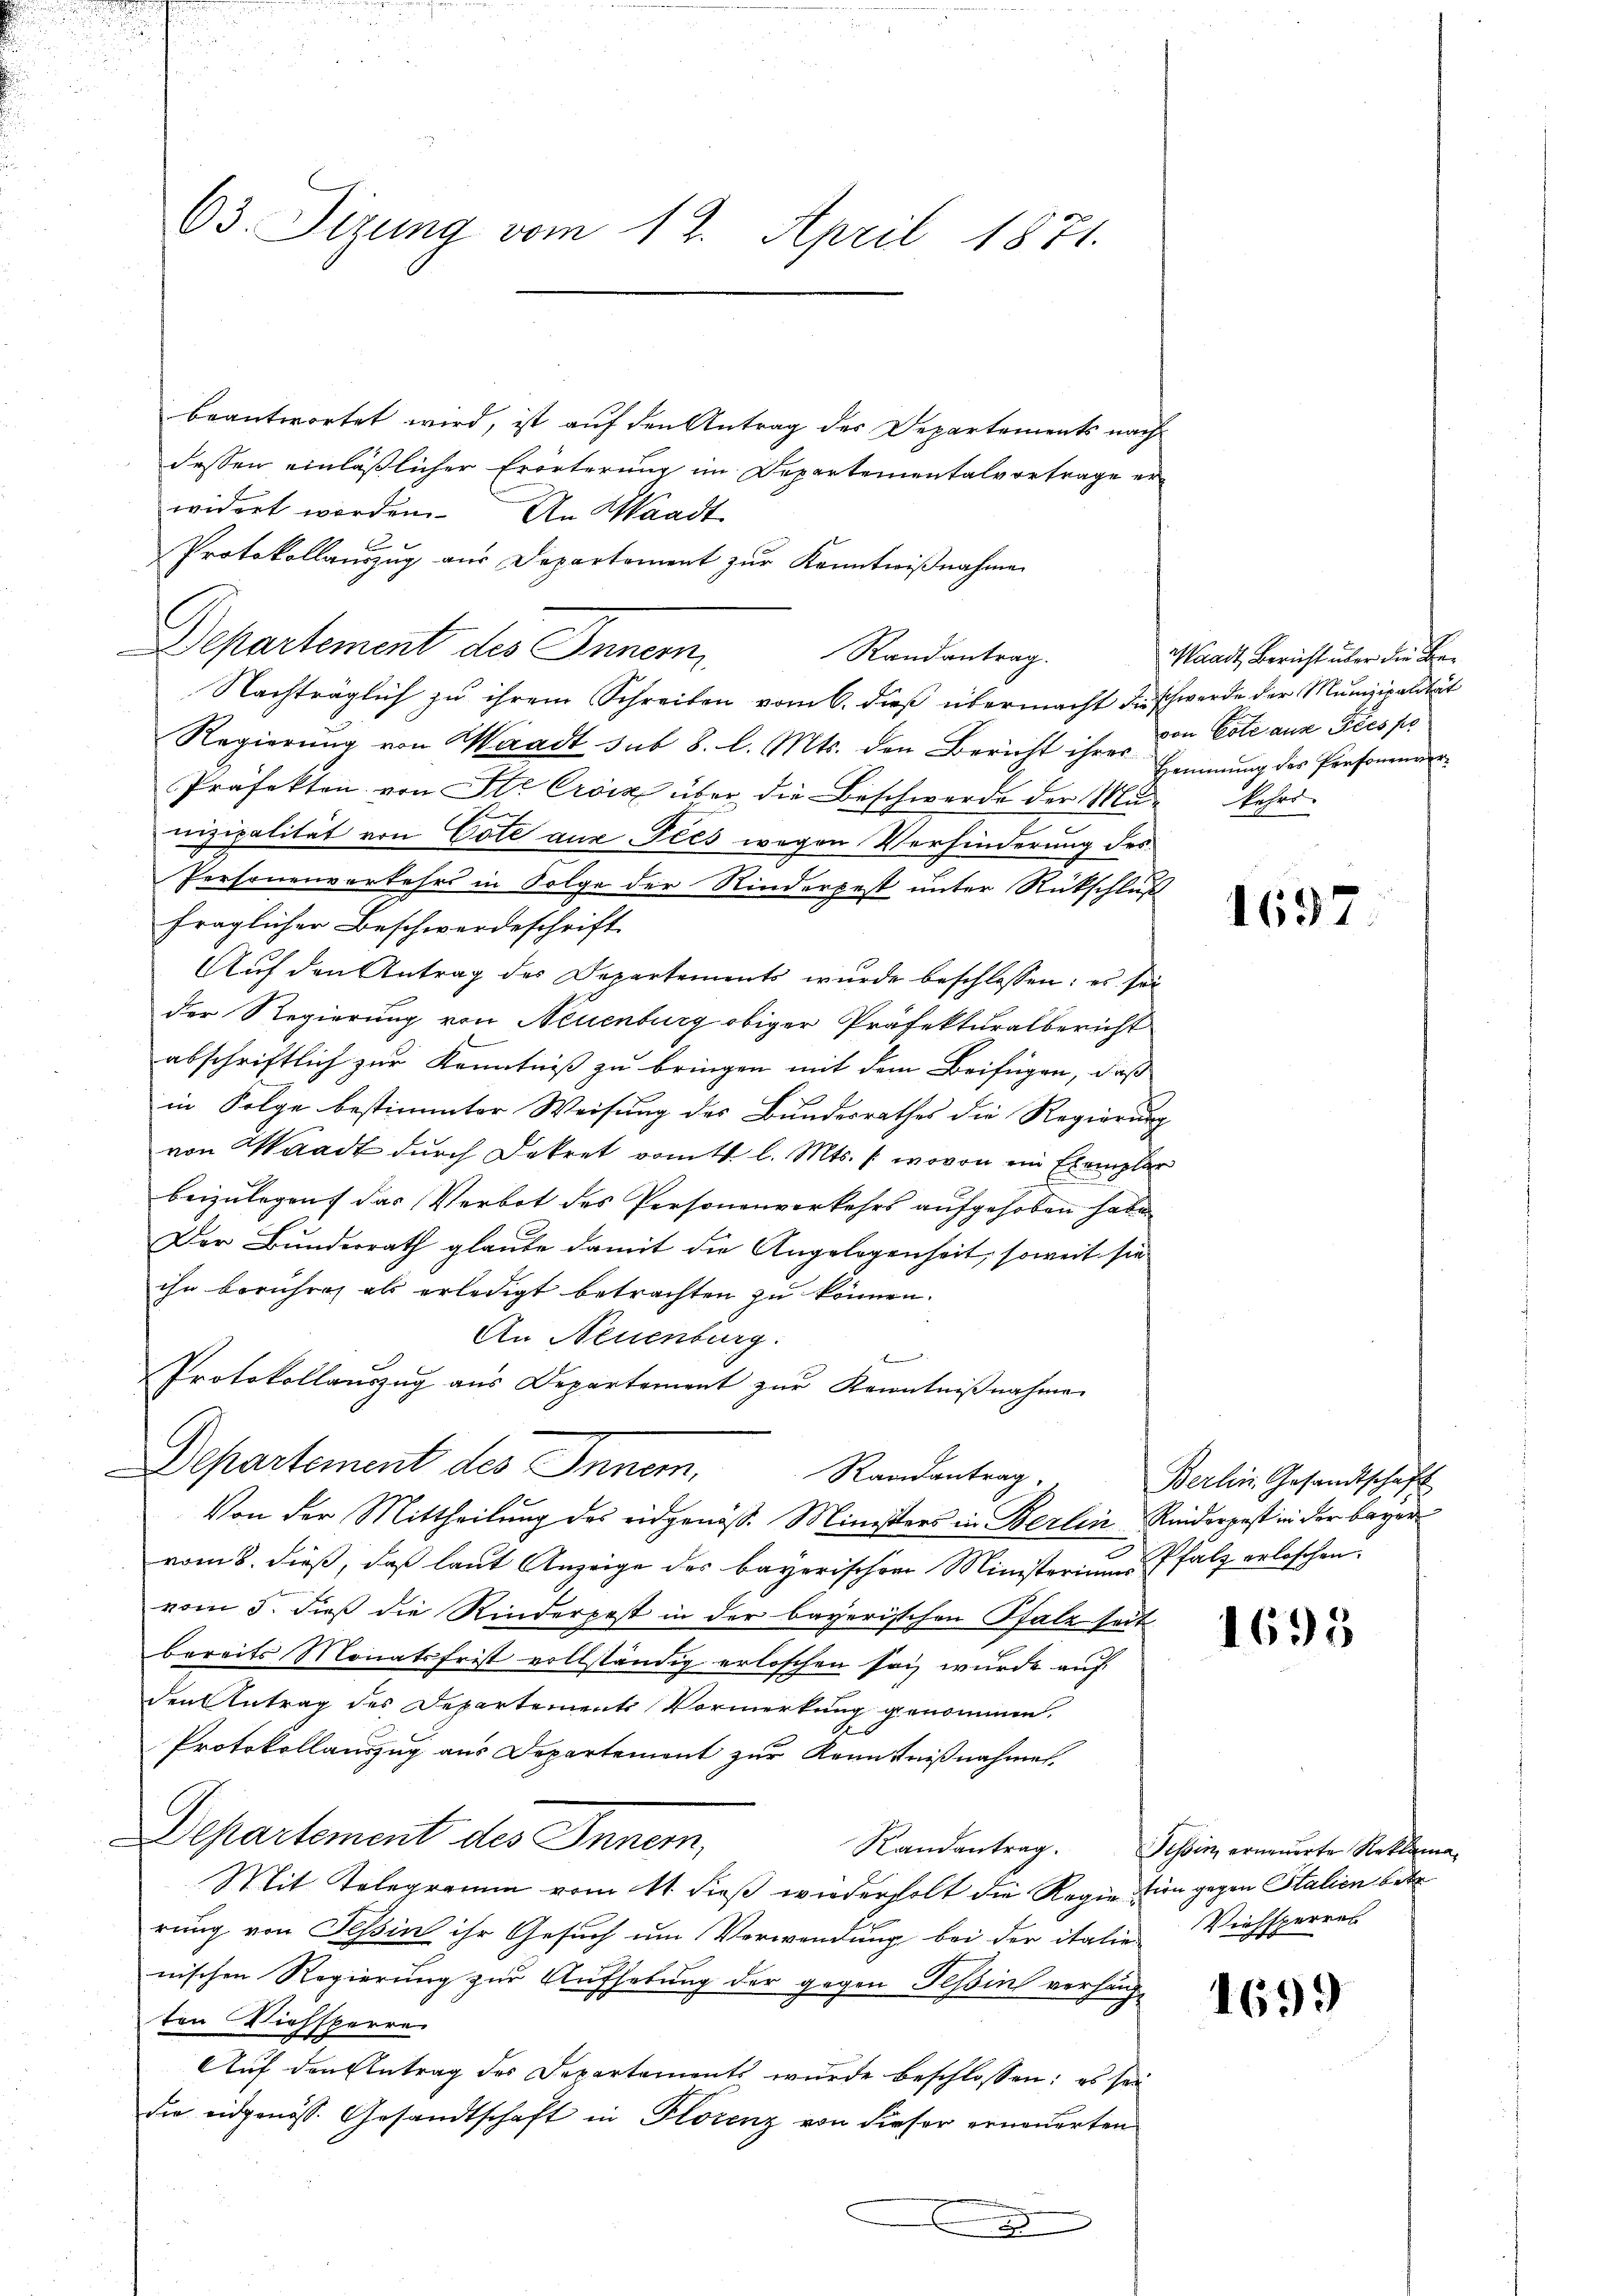
63. Sizung vom 12. April 1871.

beantwortet wird, ist auf den Antrag des Departements nach
dessen einläßlicher Erörterung im Departementalvertrage erwidert worden. An Waadt
l
Protokollamzug aus Departement zŭr Kanntniβnahme
Departement des Innern
Randantrag.
Nachträglich zu ihrem Schreiben vom 6. dieß übermacht der schwerde der Munizipalität
Regierŭng von Waadt sub 8. l. Mts. den Bericht ihres Eimmung des Personenre
Präfekten von Ste Croix über die Beschwerde der Mur kehrs
E
nizipalität von Cote aus Ples wegen Verhinderung des
Personenverkehrs in Folge der Kinderpest unter Rückschluß
fraglicher Beschwerdeschrift
Auf den Antrag des Departements wurde beschlossen: es sei
der Regierung von Neuenburg obiger Präfekturalbericht
abschriftlich zur Kenntniß zu bringen mit dem Beifügen, daß
in Folge bestimmter Weisung des Bundesrathes die Regierung
von Waadt durch Dekret vom 4. l. Mts. /: wovon ein Exemplar
beizulegen, das Verbot des Personenverkehrs aufgehoben habe
Der Bundesrath glaube damit die Angelegenheit, soweit sie
ihn berührig als erledigt betrachten zu können.
An Neuenburg.
E
Protokollauszug aus Departement zur Kenntnißnahmen
e
Departement des Inner.
Randantrag
Von der Mittheilung des eidgenöss. Ministers in Berlin Rinderpest in der bayer
vom 8. dieß, daß laut Anzeige des bayerischen Ministeriums Pfalz erloschen.
vom 5. dieß die Rinderpest in der bayerischen Pfalz seit
bereits Monatsfrist vollständig erloschen sei, wurde auf
den Antrag des Departements Vormerkung genommen.
Protokollauszug aus Departemont zur Kenntnißnahmen.
Departement des Inner,
Mit Telegramm vom 11. dieß wiederholt die Regie tien gegen Stalien betr
rung von Tessin ihr Gesuch um Verwendung bei der italien Viehsperres
nischen Regierung zur Aufhebung der gegen Teßin verhängton Viehsperre
Auf den Antrag des Departements wurde beschlossen: es sei
die eidgenöss. Gesandtschaft in Florenz von dieser erneuerten
.

Waadt, Bericht über die Bevon Cote aus Fées pe

1697

Berlin Gesandtschaft

1695

Randantrag. Tessin, erneuerte Reklama¬

1699